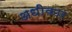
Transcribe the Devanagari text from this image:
अधीकार